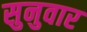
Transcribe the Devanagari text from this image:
सुनुवार